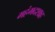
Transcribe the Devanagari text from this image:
महंमदशाह